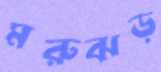
মরুঝড়